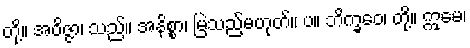
တို့။ အဝိဇ္ဇာ၊ သည်။ အနိစ္စာ၊ မြဲသည်မဟုတ်။ ပ။ ဘိက္ခဝေ၊ တို့။ ဣမေ၊